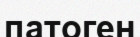
патоген